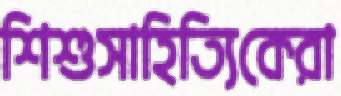
শিশুসাহিত্যিকেরা